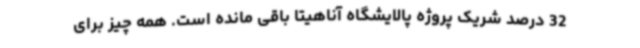
32 درصد شریک پروژه پالایشگاه آناهیتا باقی مانده است. همه چیز برای